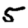
Digit: 5